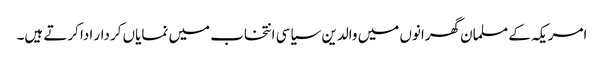
امریکہ کے مسلمان گھرانوں میں والدین سیاسی انتخاب میں نمایاں کردار ادا کرتے ہیں۔